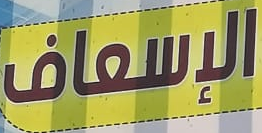
الإسعاف